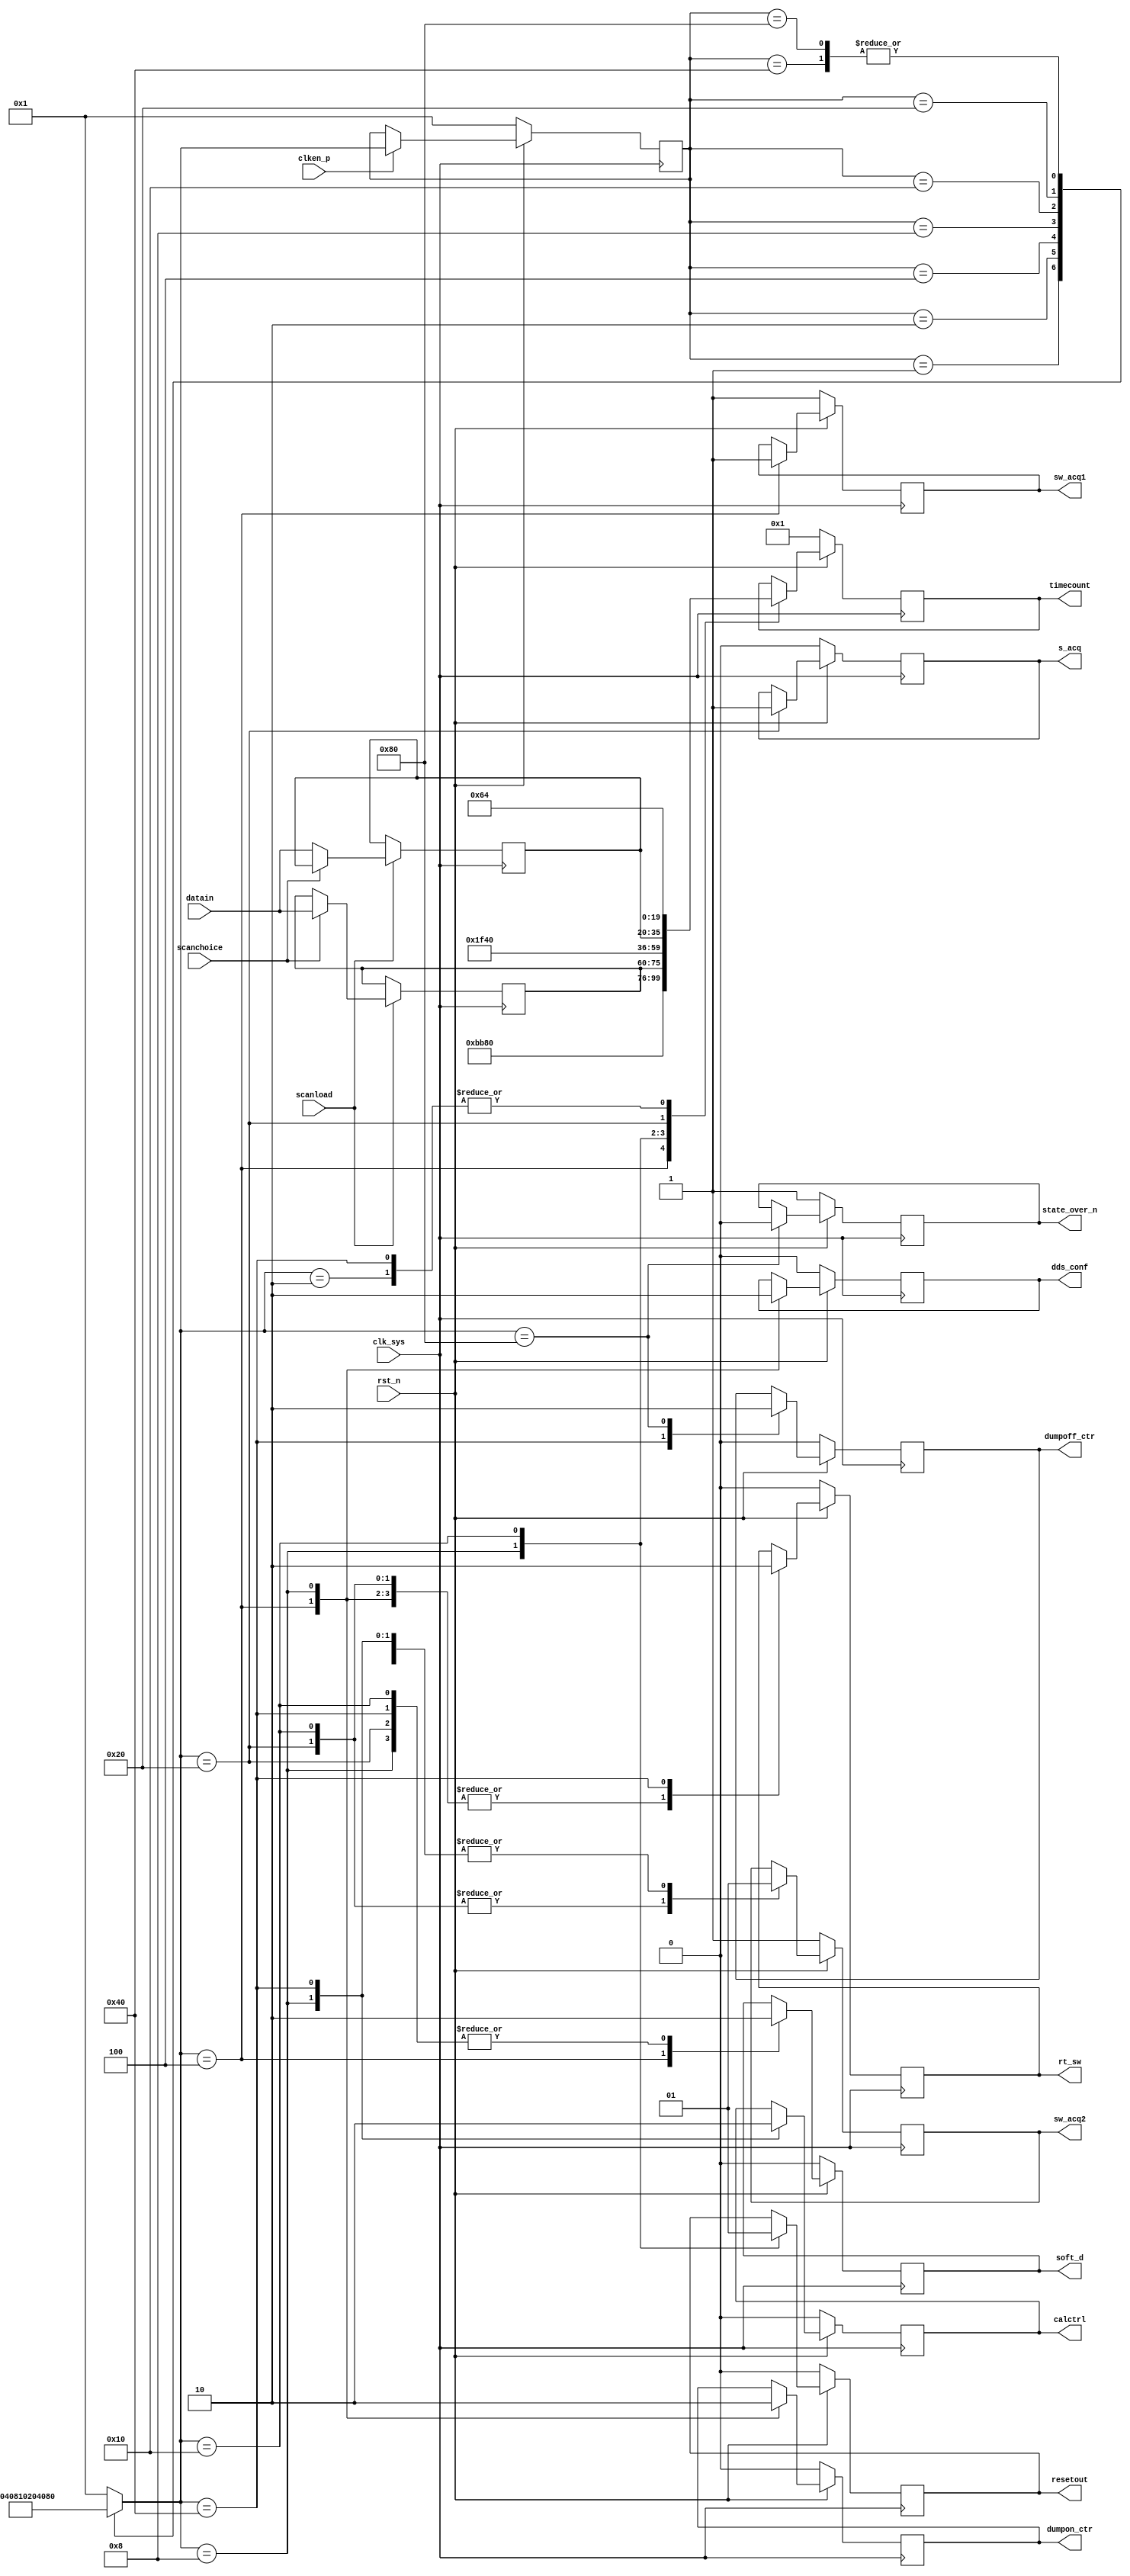
// scanstate.v

module scanstate(
                 clk_sys,          //
                 clken_p,
                 rst_n,          //
                 dumpon_ctr,
                 dumpoff_ctr,
                 soft_d,           //SOFT_DUMP
                 rt_sw,            //RT_SW
                 sw_acq1,          //SW_ACQ1
                 sw_acq2,          //SW_ACQ2
                 timecount,        //
                 s_acq,            //
                 dds_conf,         //dds
                 calctrl,          //cal
                 state_over_n,         //
                 scanload,
                 datain,
                 scanchoice,
                 resetout
                 );

parameter [7:0] IDLE        = 8'b00000001,
                INIT        = 8'b00000010,
                S_SOFTDUMP  = 8'b00000100,
                S_DECOPEN   = 8'b00001000,
                S_SWICHOPEN = 8'b00010000,
                S_ACQUITION = 8'b00100000,
                CUT_DECO    = 8'b01000000,
                STOP        = 8'b10000000;


input  clk_sys;            //
input  clken_p;
input  rst_n;            //
input  [15:0] datain;
input  scanload;
input  scanchoice;

output dumpon_ctr;
output dumpoff_ctr;

output soft_d;             //SOFT_DUMP
output rt_sw;              //RT_SW
output sw_acq1;            //SW_ACQ1
output sw_acq2;            //SW_ACQ2
output [19:0] timecount;   //
output s_acq;              //
output dds_conf;           //dds
output calctrl;            //cal
output state_over_n;          //
output resetout;

reg dumpon_ctr;
reg dumpoff_ctr;

reg    soft_d;             //SOFT_DUMP
reg    rt_sw;              //RT_SW
reg    sw_acq1;            //SW_ACQ1
reg    sw_acq2;            //SW_ACQ2
reg    [19:0] timecount;   //
reg    s_acq;              //
reg    dds_conf;           //dds
reg    calctrl;            //cal
reg    state_over_n;          //

reg    [15:0] acqtime;
reg    [15:0] dectime;
reg    resetout;

always @ (posedge clk_sys)
    begin
         if(scanload == 1'b1)
             begin
                  if(scanchoice)
                      begin
                           dectime <= datain;   //choice = 1 
                      end
                  else
                      begin
                           acqtime <= datain;
                      end
            end
        else
            begin
                 dectime <= dectime;
                 acqtime <= acqtime;
            end
    end

reg[7:0] CS;
reg[7:0] NS;


always @ (posedge clk_sys)
   if(rst_n == 1'b0) 
       CS <= IDLE;
   else       
       if(clken_p)
           CS <= NS;

always @ (CS)
    begin
        case(CS)
            IDLE: 
                NS = INIT; 
            INIT:           
                NS = S_SOFTDUMP;
            S_SOFTDUMP:
                NS = S_DECOPEN;
            S_DECOPEN:
                NS = S_SWICHOPEN;
            S_SWICHOPEN:
                NS = S_ACQUITION;
            S_ACQUITION:
                NS = CUT_DECO;
            CUT_DECO:
                NS = STOP;
            STOP:
                NS = STOP;
            default:
                NS = IDLE;
        endcase 
    end

always @ (posedge clk_sys)
    begin
        if(rst_n == 1'b0)
            begin
                timecount <= 1;           //
                dumpon_ctr <= 1'b0;
                dumpoff_ctr <= 1'b0;
                soft_d  <= 0;         //DECDECDECOUPLE
                rt_sw   <= 0;       
                sw_acq1 <= 1;         //
                sw_acq2 <= 1;      
                s_acq    <= 0;        //
                dds_conf <= 0;        //dds
                calctrl  <= 0;        //cal             
                state_over_n <= 1;    //
                resetout <= 0;
            end        
        else
            begin
                case(NS)
                    IDLE:  
                        ; 
                    INIT:            
                        timecount <= 100;
                    S_SOFTDUMP:                     //DEC  
                         begin                             
                             dumpon_ctr <= 1'b1;
                             soft_d  <= 1;      //
                             rt_sw   <= 1;       
                             sw_acq1 <= 1;      //
                             sw_acq2 <= 1;
                             dds_conf <= 1;     //dds
                            
                             timecount <= 3000;            //
                          end
                    S_DECOPEN:                      //DECdds
                          begin
                             dumpon_ctr <= 1'b0;
                             soft_d  <= 0;      //DEC
                             rt_sw   <= 1;       
                           //  sw_acq1 <= 1;      //
                             sw_acq2 <= 1;
                             dds_conf <= 0;     //dds
                             calctrl  <= 1;     //cal 
                             resetout <= 0;

                             timecount <= dectime;            //                             
                          end
                    S_SWICHOPEN:                    //
                          begin
                             soft_d  <= 0;      //DEC
                             rt_sw   <= 1;       
                           //  sw_acq1 <= 1;      //
                             sw_acq2 <= 0;
                             resetout <= 1;

                             timecount <= 500;               //
                          end
                    S_ACQUITION:                    //
                          begin
                             soft_d  <= 0;      //DEC
                             rt_sw   <= 1;       
                            // sw_acq1 <= 1;      //
                             sw_acq2 <= 0;
                             s_acq   <= 1;     //

                             timecount <= acqtime;
                          end         
                    CUT_DECO:                       //DEC 
                          begin
                             dumpoff_ctr <= 1'b1;
                             soft_d  <= 0;      //DEC
                             rt_sw   <= 0;       
                            // sw_acq1 <= 1;      //
                             sw_acq2 <= 1;
                             calctrl <= 0;     //cal  

                             timecount <= 100;      //
                          end  
                    STOP:                           //   
                          begin
                             dumpoff_ctr <= 1'b0;
                             state_over_n <= 0;    //
                          end  
                   default:
                        ;
               endcase
           end
    end

endmodule